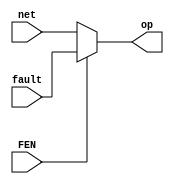
// Fault Injector MUX

module fim 
(
    input fault, net, FEN,
    output op 
);
    assign op = FEN ? fault : net;
endmodule